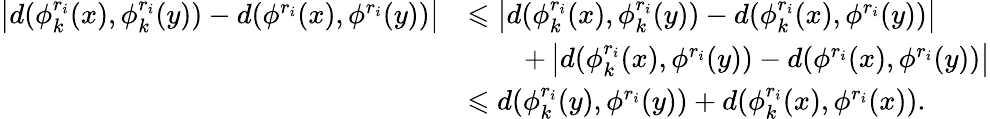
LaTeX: \begin{array}{rl}{\left\vert d(\phi_{k}^{r_{i}}(x),\phi_{k}^{r_{i}}(y))-d(\phi^{r_{i}}(x),\phi^{r_{i}}(y))\right\vert}&{\leqslant\left\vert d(\phi_{k}^{r_{i}}(x),\phi_{k}^{r_{i}}(y))-d(\phi_{k}^{r_{i}}(x),\phi^{r_{i}}(y))\right\vert}\\ &{\qquad+\left\vert d(\phi_{k}^{r_{i}}(x),\phi^{r_{i}}(y))-d(\phi^{r_{i}}(x),\phi^{r_{i}}(y))\right\vert}\\ &{\leqslant d(\phi_{k}^{r_{i}}(y),\phi^{r_{i}}(y))+d(\phi_{k}^{r_{i}}(x),\phi^{r_{i}}(x)).}\end{array}